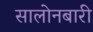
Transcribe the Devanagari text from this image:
सालोनबारी